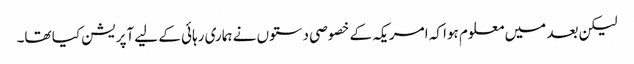
لیکن بعد میں معلوم ہوا کہ امریکہ کے خصوصی دستوں نے ہماری رہائی کے لیے آپریشن کیا تھا۔